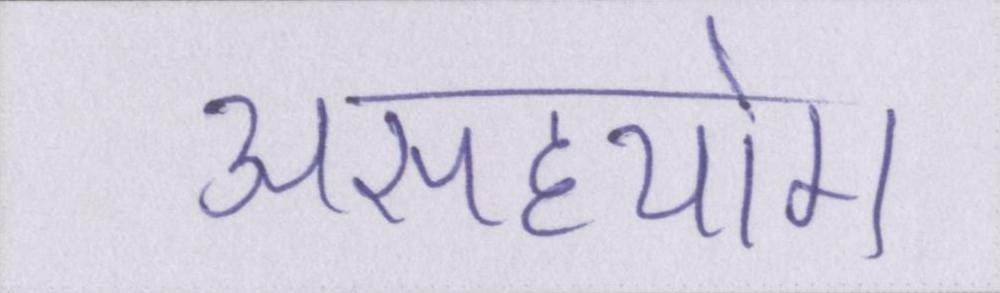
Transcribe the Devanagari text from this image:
असहयोग